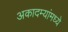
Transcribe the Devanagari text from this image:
अकादम्यांमध्ये